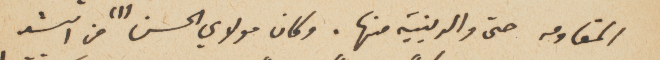
المقاومه حتى والدينية منها. وكان مولاي الحسن (١) من اشد